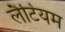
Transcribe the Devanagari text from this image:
लैटियम